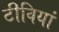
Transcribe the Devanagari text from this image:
टीवियां